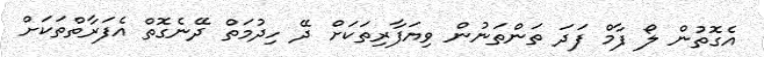
އެގޮތުން ލޯ ފާމް ފަދަ ތަންތަނުން ވިޔަފާރިތަކަށް ދޭ ހިދުމަތް ދޭނެގޮތް އެފަރާތްތަކަށް